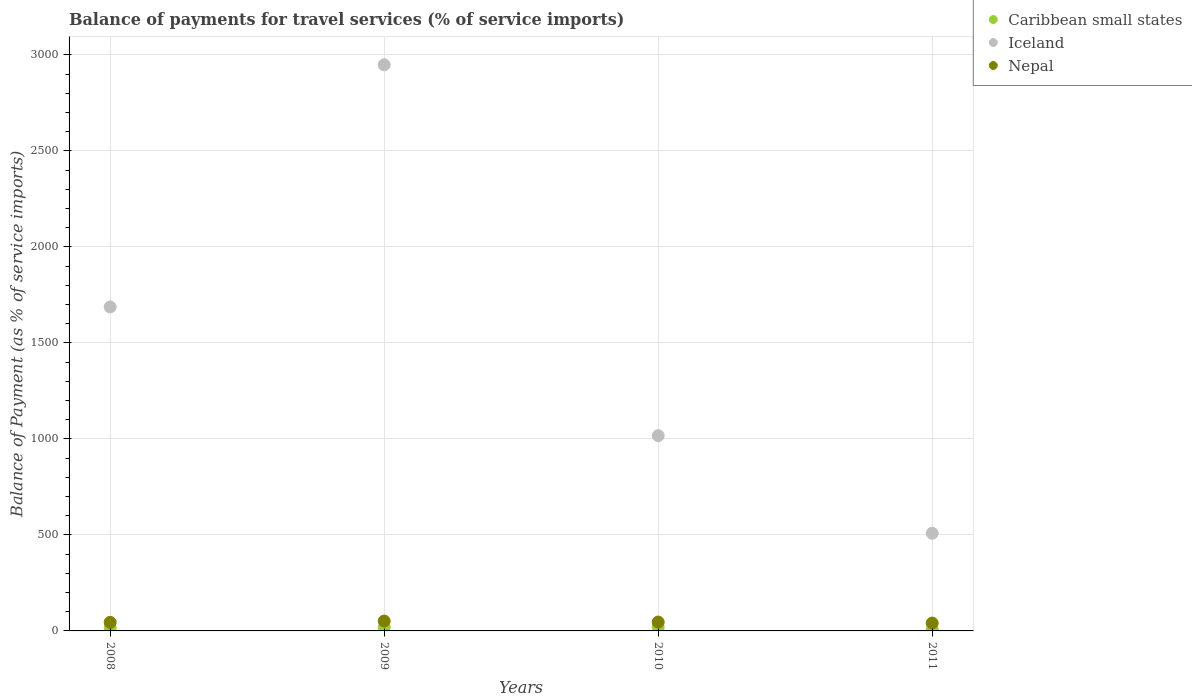
| Years | Caribbean small states | Iceland | Nepal |
 | --- | --- | --- | --- |
 | 2008 | 17 | 1.69e+03 | 44.7 |
 | 2009 | 18.6 | 2.95e+03 | 51.5 |
 | 2010 | 18.7 | 1.02e+03 | 46.2 |
 | 2011 | 8.17 | 509 | 40.9 |